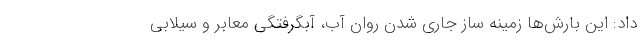
داد: این بارش‌ها زمینه ساز جاری شدن روان آب، آبگرفتگی معابر و سیلابی